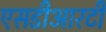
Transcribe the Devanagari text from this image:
एसडीआरटी